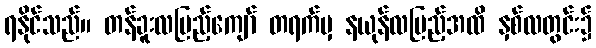
ရနိုင်သည်။ တန်ခူးလပြည့်ကျော် တရက်မှ နယုန်လပြည့်အထိ နှစ်လတွင်း၌